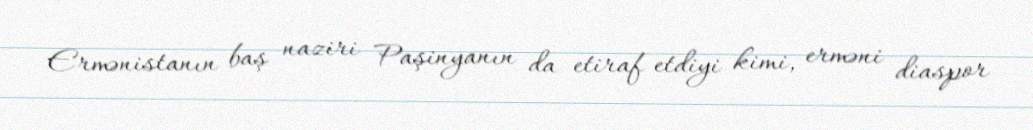
Ermənistanın baş naziri Paşinyanın da etiraf etdiyi kimi, erməni diaspor